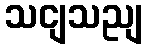
သငျသညျ